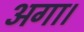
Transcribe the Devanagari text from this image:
अगा।